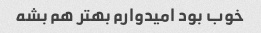
خوب بود امیدوارم بهتر هم بشه